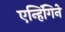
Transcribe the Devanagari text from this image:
एन्हिंगिने